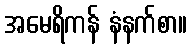
အမေရိကန် နံနက်စာ။